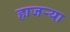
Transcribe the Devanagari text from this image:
हाजर्‍या